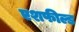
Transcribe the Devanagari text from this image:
एशफील्ड